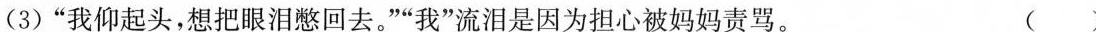
(3)”我仰起头，想把眼泪憋回去。””我”流泪是因为担心被妈妈责骂。 ( )